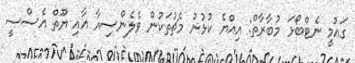
ގައުމީ ނެޓްބޯޅަ މުބާރާތް: އިއްޔެ ކުޅުނު މެޗުތަކުން ވެލެންސިއާ އާއި ޔޫތް އެސްސީ